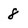
Character: 8